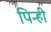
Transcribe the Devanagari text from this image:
पिन्ही